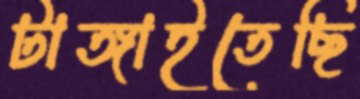
টাঙ্গাইতেছি